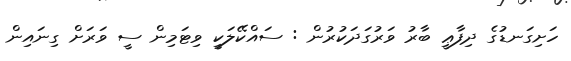
ހަށިގަނޑުގެ ދިފާޢީ ބާރު ވަރުގަދަކުރުން : ސައްކޭލަކީ ވިޓަމިން ސީ ވަރަށް ގިނައިން